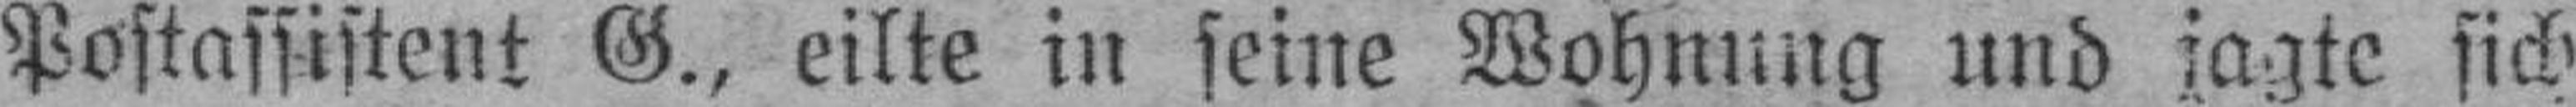
Postassistent G., eilte in seine Wohnung und jagte sich